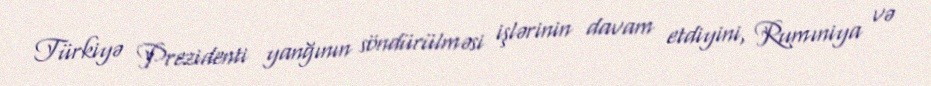
Türkiyə Prezidenti yanğının söndürülməsi işlərinin davam etdiyini, Rumıniya və